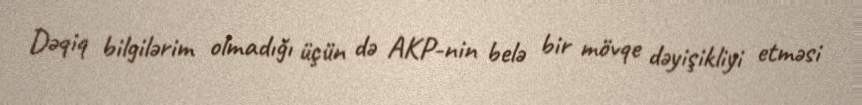
Dəqiq bilgilərim olmadığı üçün də AKP-nin belə bir mövqe dəyişikliyi etməsi